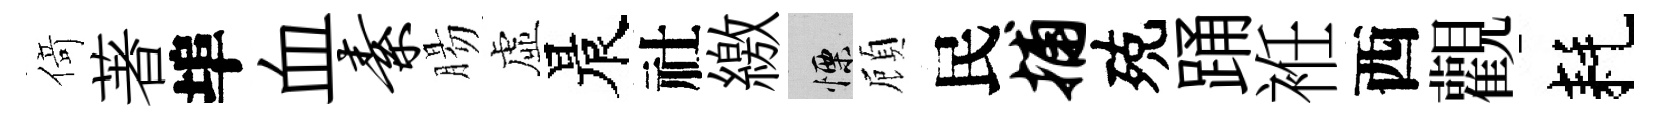
𠋣著埠血素腸虛晨社繳慄頋民捕殑踊袵西觀耗